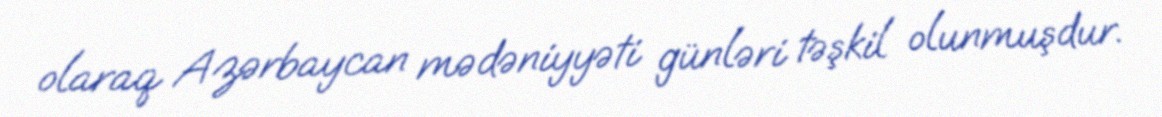
olaraq Azərbaycan mədəniyyəti günləri təşkil olunmuşdur.